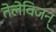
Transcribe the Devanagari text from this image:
तेलेविजन्